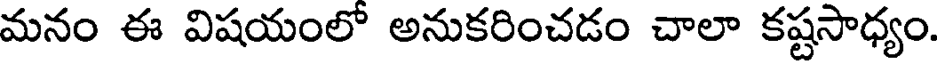
మనం ఈ విషయంలో అనుకరించడం చాలా కష్టసాధ్యం.